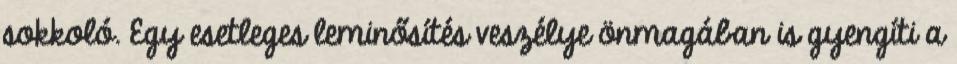
sokkoló. Egy esetleges leminősítés veszélye önmagában is gyengíti a